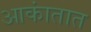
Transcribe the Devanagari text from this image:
आकांतात